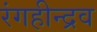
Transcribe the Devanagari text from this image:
रंगहीन्द्रव